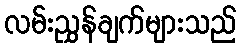
လမ်းညွှန်ချက်များသည်